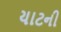
યાટની